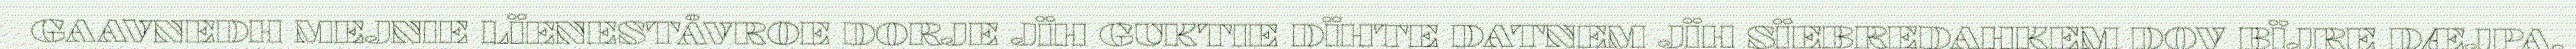
GAAVNEDH MEJNIE LÏENESTÅVROE DORJE JÏH GUKTIE DÏHTE DATNEM JÏH SÏEBREDAHKEM DOV BÏJRE DÆJPA.